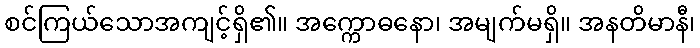
စင်ကြယ်သောအကျင့်ရှိ၏။ အက္ကောဓနော၊ အမျက်မရှိ။ အနတိမာနီ၊